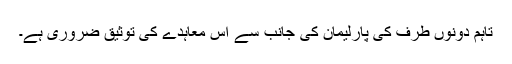
تاہم دونوں طرف کی پارلیمان کی جانب سے اس معاہدے کی توثیق ضروری ہے۔